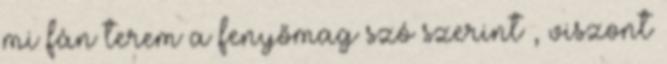
mi fán terem a fenyőmag szó szerint , viszont